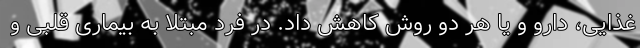
غذایی، دارو و یا هر دو روش کاهش داد. در فرد مبتلا به بیماری قلبی و